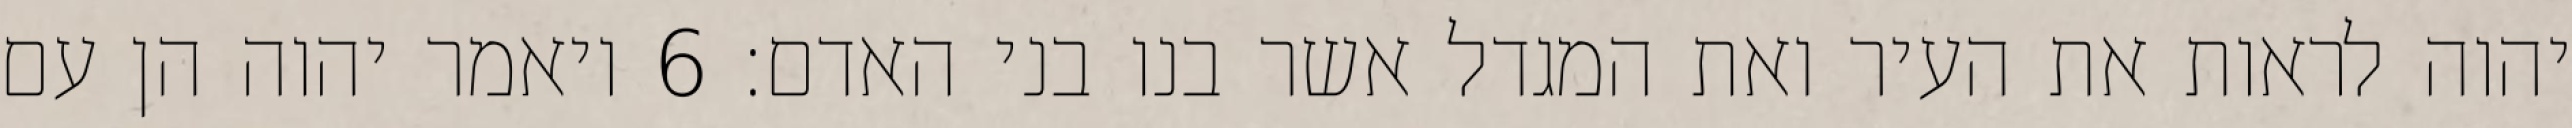
יהוה לראות את העיר ואת המגדל אשר בנו בני האדם׃ ‎6‏ ויאמר יהוה הן עם